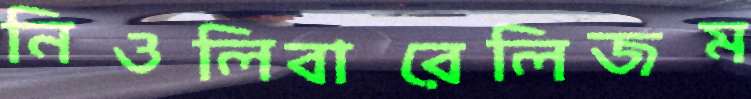
নিওলিবারেলিজম